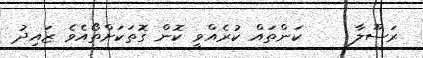
ރަސޫލާ     ކަންތައް ކުރެއްވީ ކޮން ގޮތަކަށްތޯއެވެ ޒައިދު